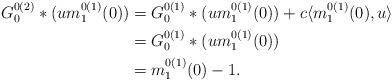
LaTeX: \begin{align*}G_0^{0(2)}*(um_1^{0(1)}(0)) &= G_0^{0(1)}*(um_1^{0(1)}(0)) + c\langle m_1^{0(1)}(0),u\rangle\\&= G_0^{0(1)}*(um_1^{0(1)}(0))\\& = m_1^{0(1)}(0)-1.\end{align*}